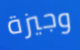
وجيزة